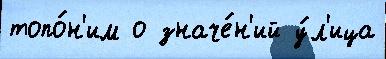
топо́н'им о значе́н'ий у́л'ица